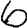
Digit: 6